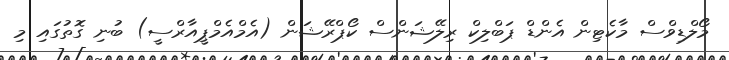
މޯލްޑިވްސް މާކެޓިން އެންޑް ޕަބްލިކް ރިލޭޝަންސް ކޯޕްރޭޝަން (އެމްއެމްޕީއާރްސީ) ބުނި ގޮތުގައި މި